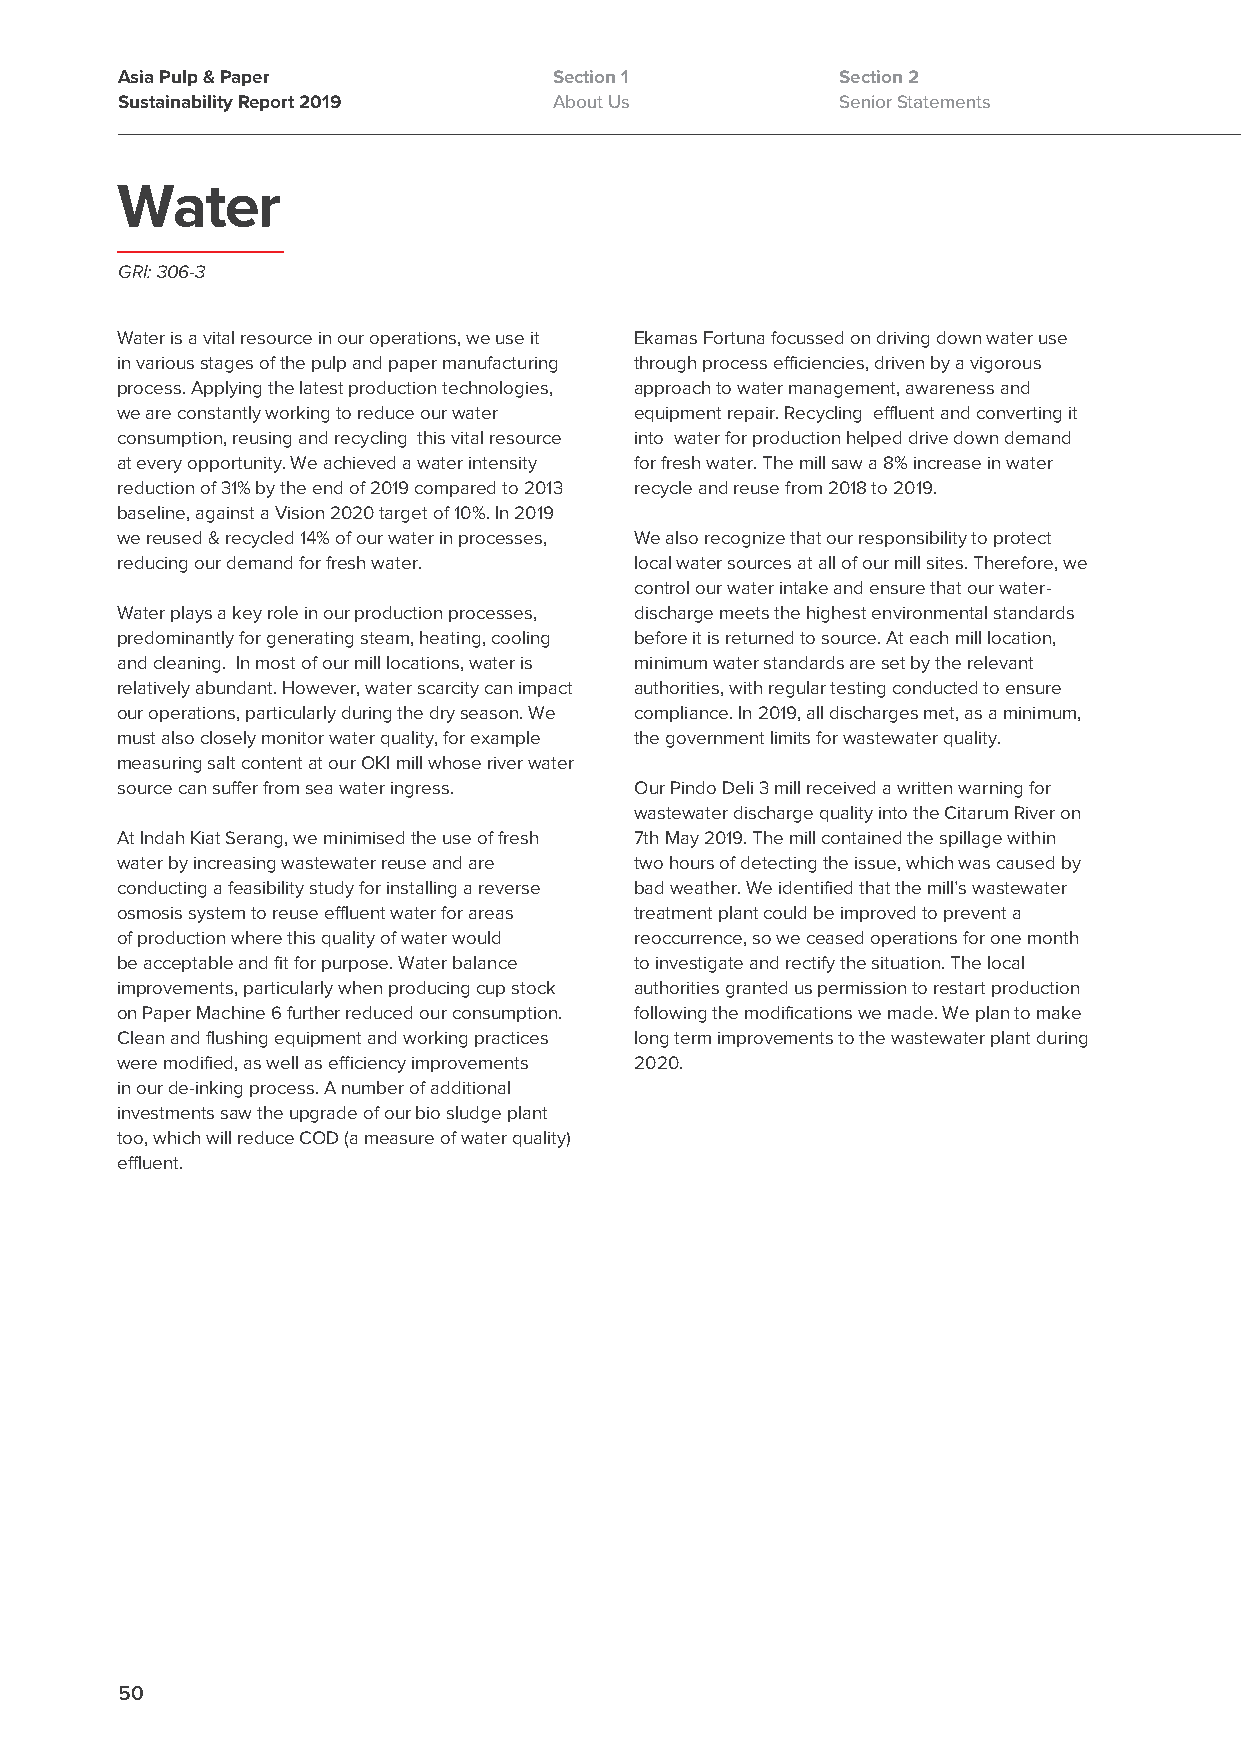
Asia Pulp & Paper            Section 1          Section 2
 Sustainability Report 2019   About Us           Senior Statements
 Water
 GRI: 306-3
 Water is a vital resource in our operations, we use it Ekamas Fortuna focussed on driving down water use
 in various stages of the pulp and paper manufacturing through process efficiencies, driven by a vigorous
 process. Applying the latest production technologies, approach to water management, awareness and
 we are constantly working to reduce our water equipment repair. Recycling effluent and converting it
 consumption, reusing and recycling this vital resource into water for production helped drive down demand
 at every opportunity. We achieved a water intensity for fresh water. The mill saw a 8% increase in water
 reduction of 31% by the end of 2019 compared to 2013 recycle and reuse from 2018 to 2019.
 baseline, against a Vision 2020 target of 10%. In 2019
 we reused & recycled 14% of our water in processes, We also recognize that our responsibility to protect
 reducing our demand for fresh water. local water sources at all of our mill sites. Therefore, we
 control our water intake and ensure that our water-
 Water plays a key role in our production processes, discharge meets the highest environmental standards
 predominantly for generating steam, heating, cooling before it is returned to source. At each mill location,
 and cleaning. In most of our mill locations, water is minimum water standards are set by the relevant
 relatively abundant. However, water scarcity can impact authorities, with regular testing conducted to ensure
 our operations, particularly during the dry season. We compliance. In 2019, all discharges met, as a minimum,
 must also closely monitor water quality, for example the government limits for wastewater quality.
 measuring salt content at our OKI mill whose river water
 source can suffer from sea water ingress. Our Pindo Deli 3 mill received a written warning for
 wastewater discharge quality into the Citarum River on
 At Indah Kiat Serang, we minimised the use of fresh 7th May 2019. The mill contained the spillage within
 water by increasing wastewater reuse and are two hours of detecting the issue, which was caused by
 conducting a feasibility study for installing a reverse bad weather. We identified that the mill’s wastewater
 osmosis system to reuse effluent water for areas treatment plant could be improved to prevent a
 of production where this quality of water would reoccurrence, so we ceased operations for one month
 be acceptable and fit for purpose. Water balance to investigate and rectify the situation. The local
 improvements, particularly when producing cup stock authorities granted us permission to restart production
 on Paper Machine 6 further reduced our consumption. following the modifications we made. We plan to make
 Clean and flushing equipment and working practices long term improvements to the wastewater plant during
 were modified, as well as efficiency improvements 2020.
 in our de-inking process. A number of additional
 investments saw the upgrade of our bio sludge plant
 too, which will reduce COD (a measure of water quality)
 effluent.
 50